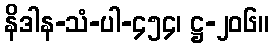
နိဒါန-သံ-ပါ-၄၅၄၊ ဋ္ဌ-၂၀၆။